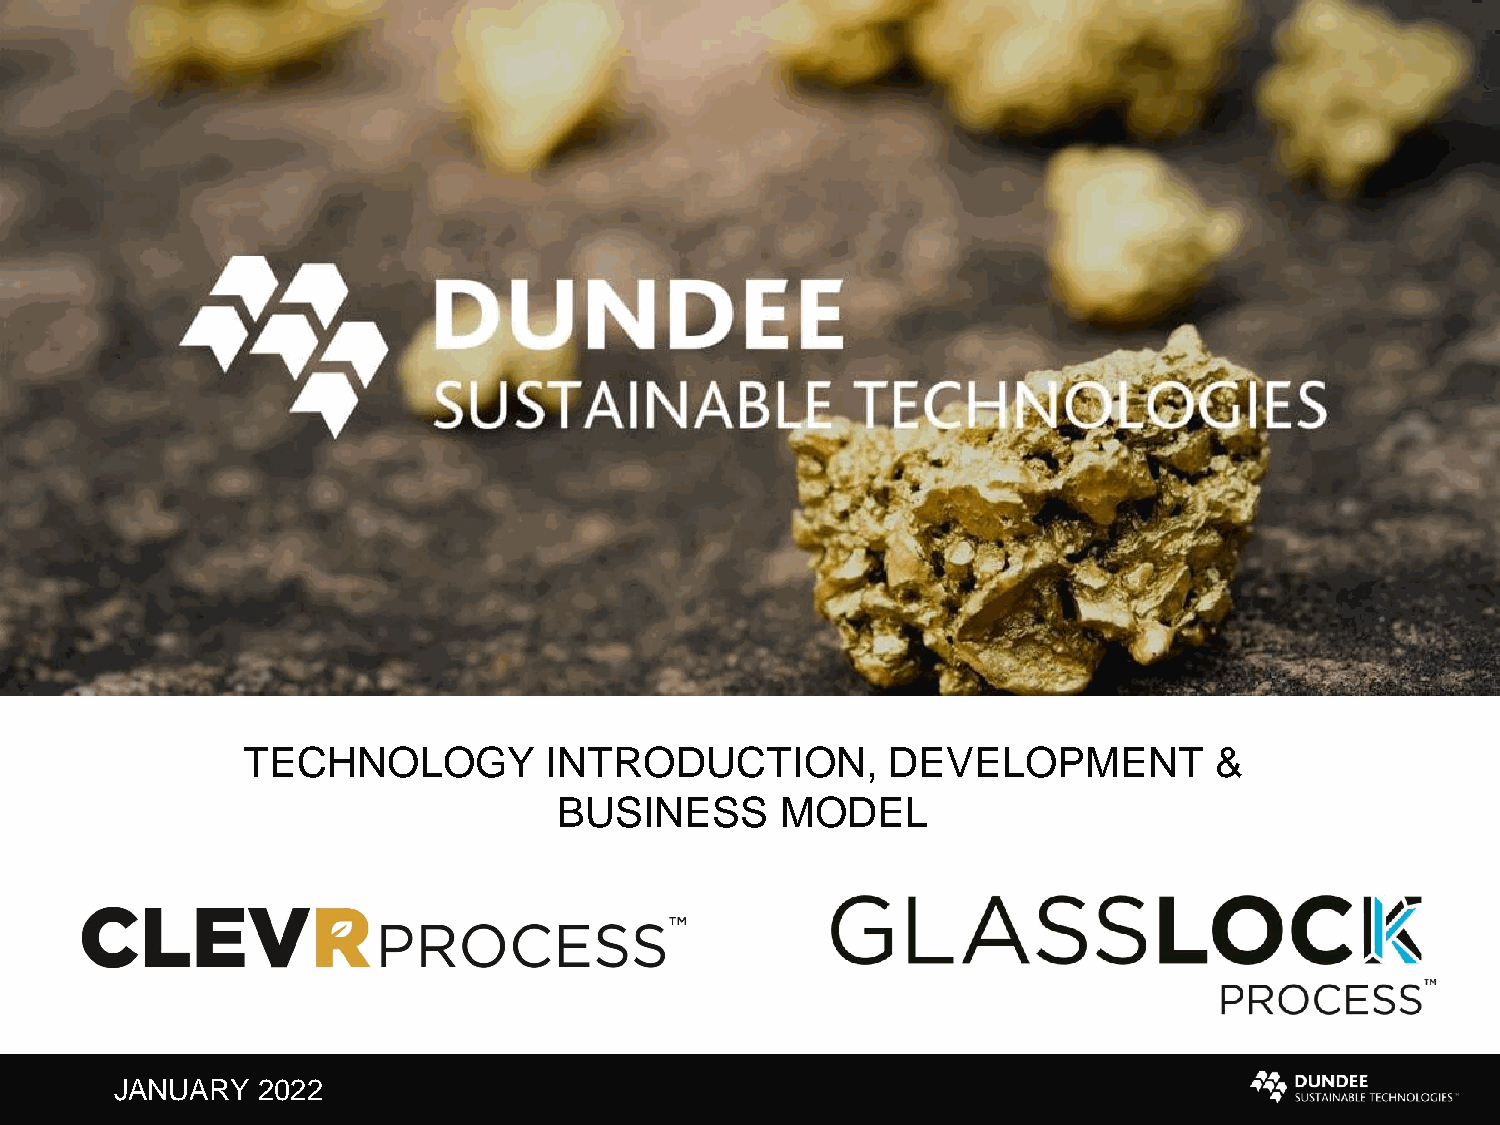
TECHNOLOGY          INTRODUCTION,          DEVELOPMENT          &
 BUSINESS       MODEL
 JANUARY  2022